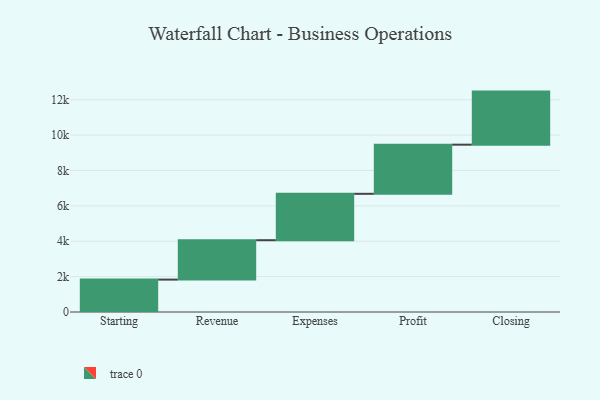
{"axis": {"x": "Step", "y": "Value"}, "legend": [""], "data": [{"x": "Starting", "y": 1831.0, "type": ""}, {"x": "Revenue", "y": 2227.0, "type": ""}, {"x": "Expenses", "y": 2622.0, "type": ""}, {"x": "Profit", "y": 2777.0, "type": ""}, {"x": "Closing", "y": 3000, "type": ""}]}